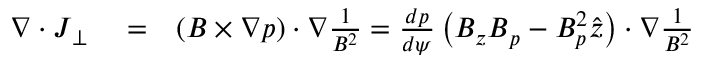
\begin{array} { r l r } { \nabla \cdot \boldsymbol { J } _ { \perp } } & { { } = } & { \left( \boldsymbol { B } \times \nabla p \right) \cdot \nabla \frac { 1 } { B ^ { 2 } } = \frac { d p } { d \psi } \left( B _ { z } \boldsymbol { B } _ { p } - B _ { p } ^ { 2 } \boldsymbol { \hat { z } } \right) \cdot \nabla \frac { 1 } { B ^ { 2 } } } \end{array}